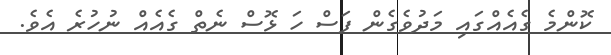
ކޮންމެ ގެއެއްގައި މަދުވެގެން ފަސް ހަ ޅޮސް ނެތް ގެއެއް ނުހުރެ އެވެ.